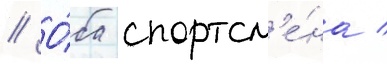
// О́ба спортсм'е́на /